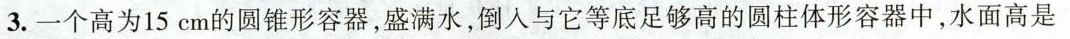
3. 一个高为15cm的圆锥形容器，盛满水，倒入与它等底足够高的圆柱体形容器中，水面高是